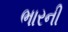
ભારની